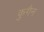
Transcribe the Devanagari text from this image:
कुगैन